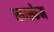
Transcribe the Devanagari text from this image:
ब्लास्फेम